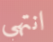
انتهي